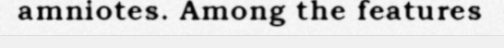
amniotes. Among the features